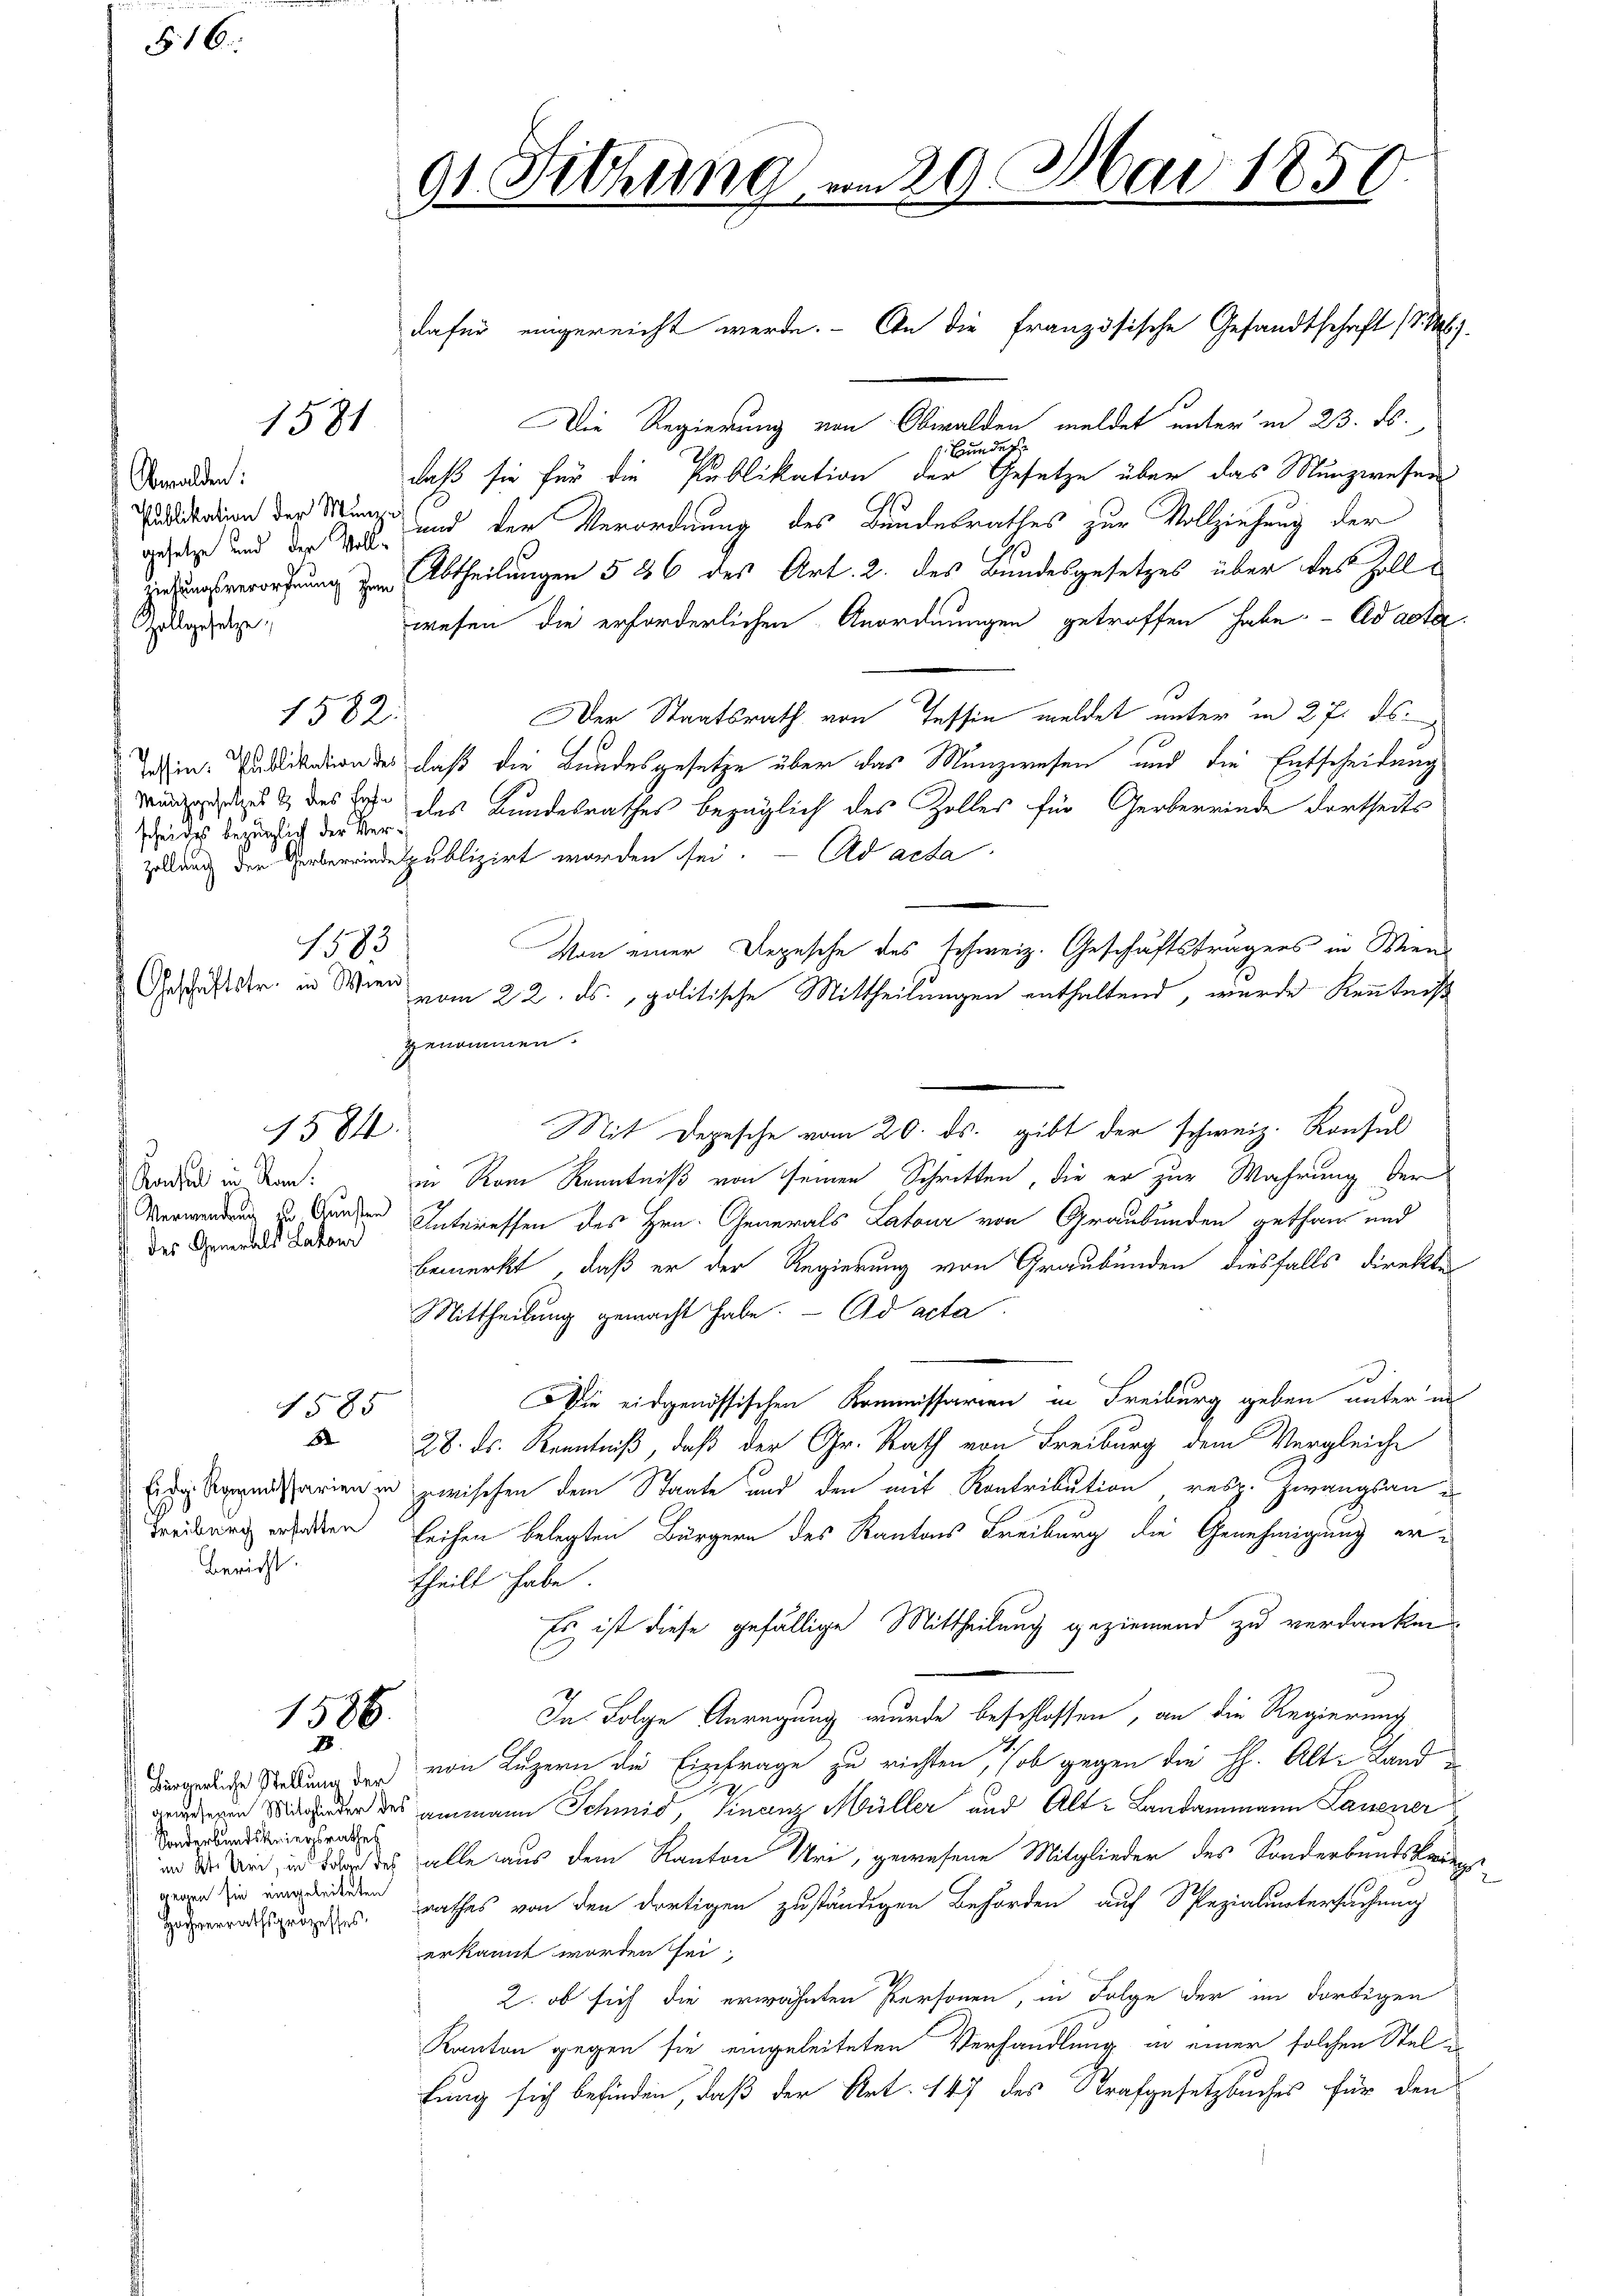
§. 16.

Obwalden:
gesetze und der Voll¬
Zollgesetze

scheides bezüglich der Ver¬

1581

Geschäftstr. in Wien,

1584

Konsul in Rom.
des Generals Lakon

1585
3

Bericht.

Sonderbundskriegsrathes
gegen sie eingeleiteten

DDie Regierung von Obwalden meldet unter in 23. ds.
Bundes
daß sie für die Publikation der Gesetze über das Munzwesen
ditation der Münz und der Verordnung des Bundesrathes zur Vollziehung der
zeungsverordnung zur Abtheilungen 5 26 des Art. 2. des Bundesgesetzes über das Zollwesen die erforderlichen Anordnungen getroffen habe. - Ad acta
Der Staatsrath von Tessin meldet unter in 27. ds.
Windikation des daß die Bundesgesetze über das Münzwesen und die Entscheidung
Mindedankt des der des Kundesrathes bezüglich des Zolles für Gerbereinde dortheits
Zellung der Verbereinde publizirt worden sei. - Ad acta
Von einer Depesche des schweiz. Geschäftsträgers in Wien
vom 22. ds., politische Mittheilungen enthaltend, wurde Kenntniß
genommen.
in Rom Kenntniß von seinen Schritten, die er zur Wahrung der
Verwendung zu Gunden Interessen des Hrn. Generals Latour von Graubünden gethan und
bemerkt, daß er der Regierung von Graubünden diesfalls direkter
Mittheilung gemacht habe. - Ad acta
3
Die eidgenössischen Kommissarien in Freiburg geben unter in
28. ds. Kenntniß, daß der Gr. Rath von Freiburg dem Vergleiche
 Reparien in zwischen dem Staate und den mit Kontribution resp. Zwangsan
Freiburg erhalten Leihen belegten Bürgern des Kantons Freiburg die Genehmigung ertheilt habe.
Es ist diese gefällige Mittheilung geziemend zu verdanken
In Folge Anregung wurde beschlossen, an die Regierung
de Stellung der von Luzern die Eintrage zu richten, ob gegen die H. Alte Landg
en der des ammann Schmid, Finanz Müller und Alt-Landammann Lassener
in der bin, in der das alle aus dem Kanton Uri, gewesene Mitglieder des Sonderbandskar
radigungsrathes von den dortigen zuständigen Behörden auf Spezialuntersuchung
erkannt worden sei.
2. ob sich die erwähnten Personen, in Folge der im dortigen
Kanton gegen sie eingeleiteten Verhandlung in einer solchen Stel u
fung sich befinden, daß der Art. 147 des Strafgesetzbuches für den

1582:

1583

1586.
8.

91 Sitzung am 29. Mai 1850

dafür eingereicht werde. An die französische Gesandtschaft (d. h.

Mit Depesche vom 20. ds. gibt der schweiz. Konsul